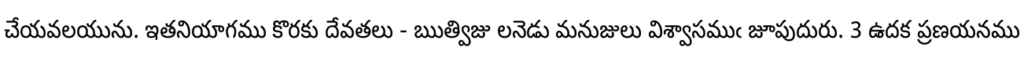
చేయవలయును. ఇతనియాగము కొరకు దేవతలు - ఋత్విజు లనెడు మనుజులు విశ్వాసముఁ జూపుదురు. 3 ఉదక ప్రణయనము